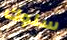
سلوك